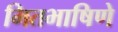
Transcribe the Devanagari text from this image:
मितभाषिणे